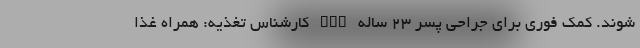
شوند. کمک فوری برای جراحی پسر 23 ساله nan کارشناس تغذیه: همراه غذا